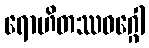
ရောဟိတဿဝဂ္ဂေါ